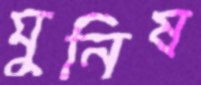
মুনিষ